Statistical return of the lunatic asylum in Assam - 1912-1932
Year: 1912
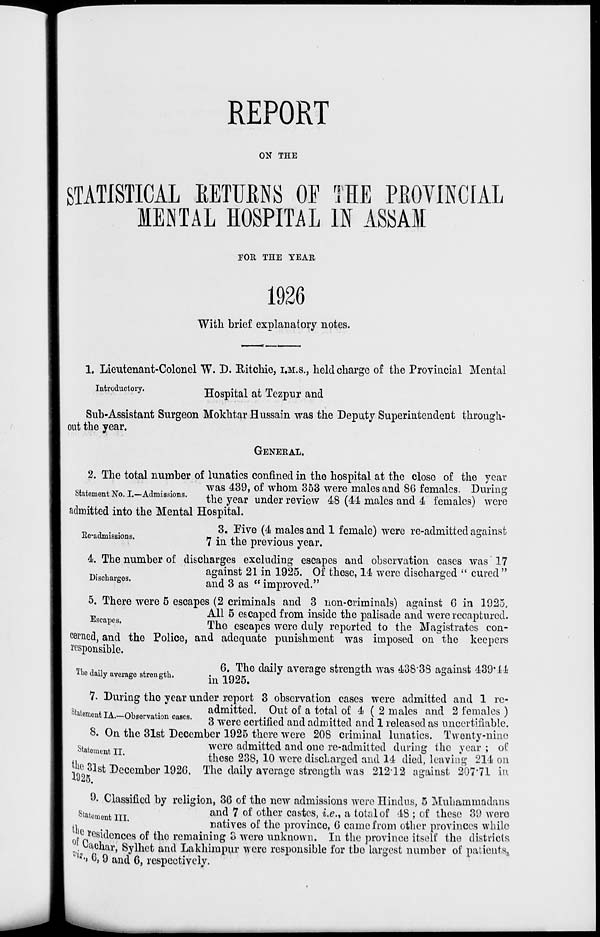
REPORT
ON THE
STATISTICAL KETURNS OF THE PROVINCIAL
MENTAL HOSPITAL IN ASSAM
TOR THE TEAR
1926
With brief explanatory notes.
1. Lieutenant-Colonel W. D. Eitchie, I.M.S., held charge of the Provincial Mental
introductory.
Hospital at Tezpur and
Sub-Assistant Surgeon Mokhtar Hussain was the Deputy Superintendent through-
out the year.
GENERAL.
2. The total number of lunatics confined in the hospital at the close of the year
-.".
AT _ .','..
was 439, of whom 353 were males and 86 females. During
btatementJSo.L-Admssxons.
the year under rev iew 48 (41 males and 4 females) were
admitted into the Mental Hospital.
3. Pive (4 males and 1 female) were re-admitted against
7 in the previous year.
4. The number of discharges excluding escapes and observation cases was 17
against 21 in 1925. Of these, 14 were discharged " cured"
1SC argos '
and 3 as " improved."
5. There were 5 escapes (2 criminals and 3 non-criminals) against 6 in 1925.
E
All 5 escaped from inside the palisade and were recaptured.
scapes "
Tho escapes were duly reported to the Magistrates con-
cerned, and the Police, and adequate punishment was imposed on the keepers
responsible.
Re-admissions.
■ flie daily average strength.
6. The daily average strength was 43838 against 439*14
in 1925.
7. During the year under report 3 observation cases were admitted and 1 rc-
stiiiom ITA ™
..
admitted. Out of a total of 4 ( 2 males and 2 females )
°iatement IA.—-Observation "——
v
cases.
3 were certified and admitted and 1 released as uncertifiable.
8. On the 31st December 1925 there were 208 criminal lunatics. Twonty-nino
statome IT
wore admitted and one re-admitted during the year ; of
these 238, 10 were disclarged and 14 died, leaving 214 on
^° 31sfc December 1926. The daily average strength was 212-12 against 207'71 in
9. Classified by religion, 36 of the new admissions were Hindus, 5 Muhammadans
Statement in
an^ ' °^ °^n cr cas * CS J i*0*% a total of 48 ; of these 39 were
M
natives of the province, 6 came from other provinces while
'Residences of tho remaining o were unknown. In the province itself the districts
^achar, Sylhet and Lakhirapur were responsible for the largest number of patients,
"•» 6, 9 and 6, respectively.